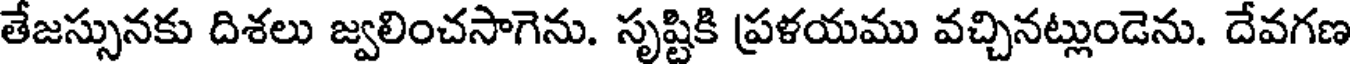
తేజస్సునకు దిశలు జ్వలించసాగెను. సృష్టికి ప్రళయము వచ్చినట్లుండెను. దేవగణ